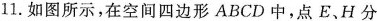
11.如图所示，在空间四边形ABCD中，点E、H分